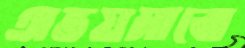
অভয়মাঝে